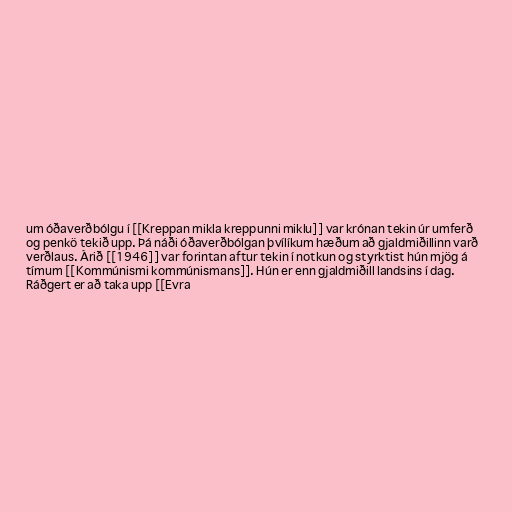
um óðaverðbólgu í [[Kreppan mikla kreppunni miklu]] var krónan tekin úr umferð
og penkö tekið upp. Þá náði óðaverðbólgan þvílíkum hæðum að gjaldmiðillinn varð
verðlaus. Árið [[1946]] var forintan aftur tekin í notkun og styrktist hún mjög á
tímum [[Kommúnismi kommúnismans]]. Hún er enn gjaldmiðill landsins í dag.
Ráðgert er að taka upp [[Evra